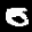
Label: 0